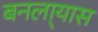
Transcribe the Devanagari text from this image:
बनला्यास